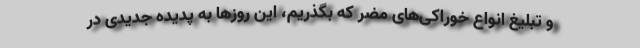
و تبلیغ انواع خوراکی‌های مضر که بگذریم، این روزها به پدیده جدیدی در